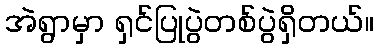
အဲရွာမှာ ရှင်ပြုပွဲတစ်ပွဲရှိတယ်။